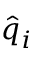
\hat { q } _ { i }